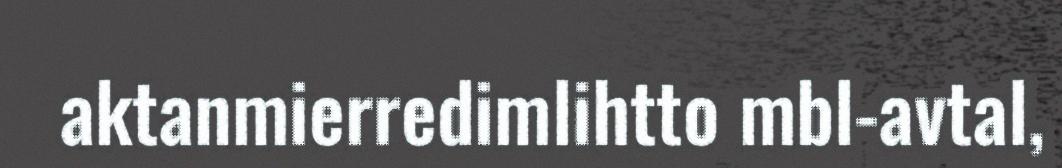
aktanmierredimlihtto mbl-avtal,